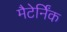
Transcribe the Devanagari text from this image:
मैटेर्निंक